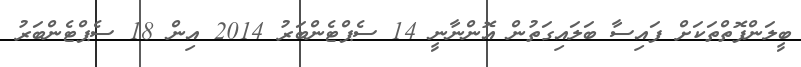
ބީލަންފޮތްތަކަށް ފައިސާ ބަލައިގަތުން އޮންނާނީ 14 ސެޕްޓެންބަރު 2014 އިން 18 ސެޕްޓެންބަރު